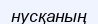
нусқаның